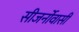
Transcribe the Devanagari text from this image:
सीजर्नोवासी